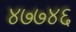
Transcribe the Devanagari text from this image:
४७७४६